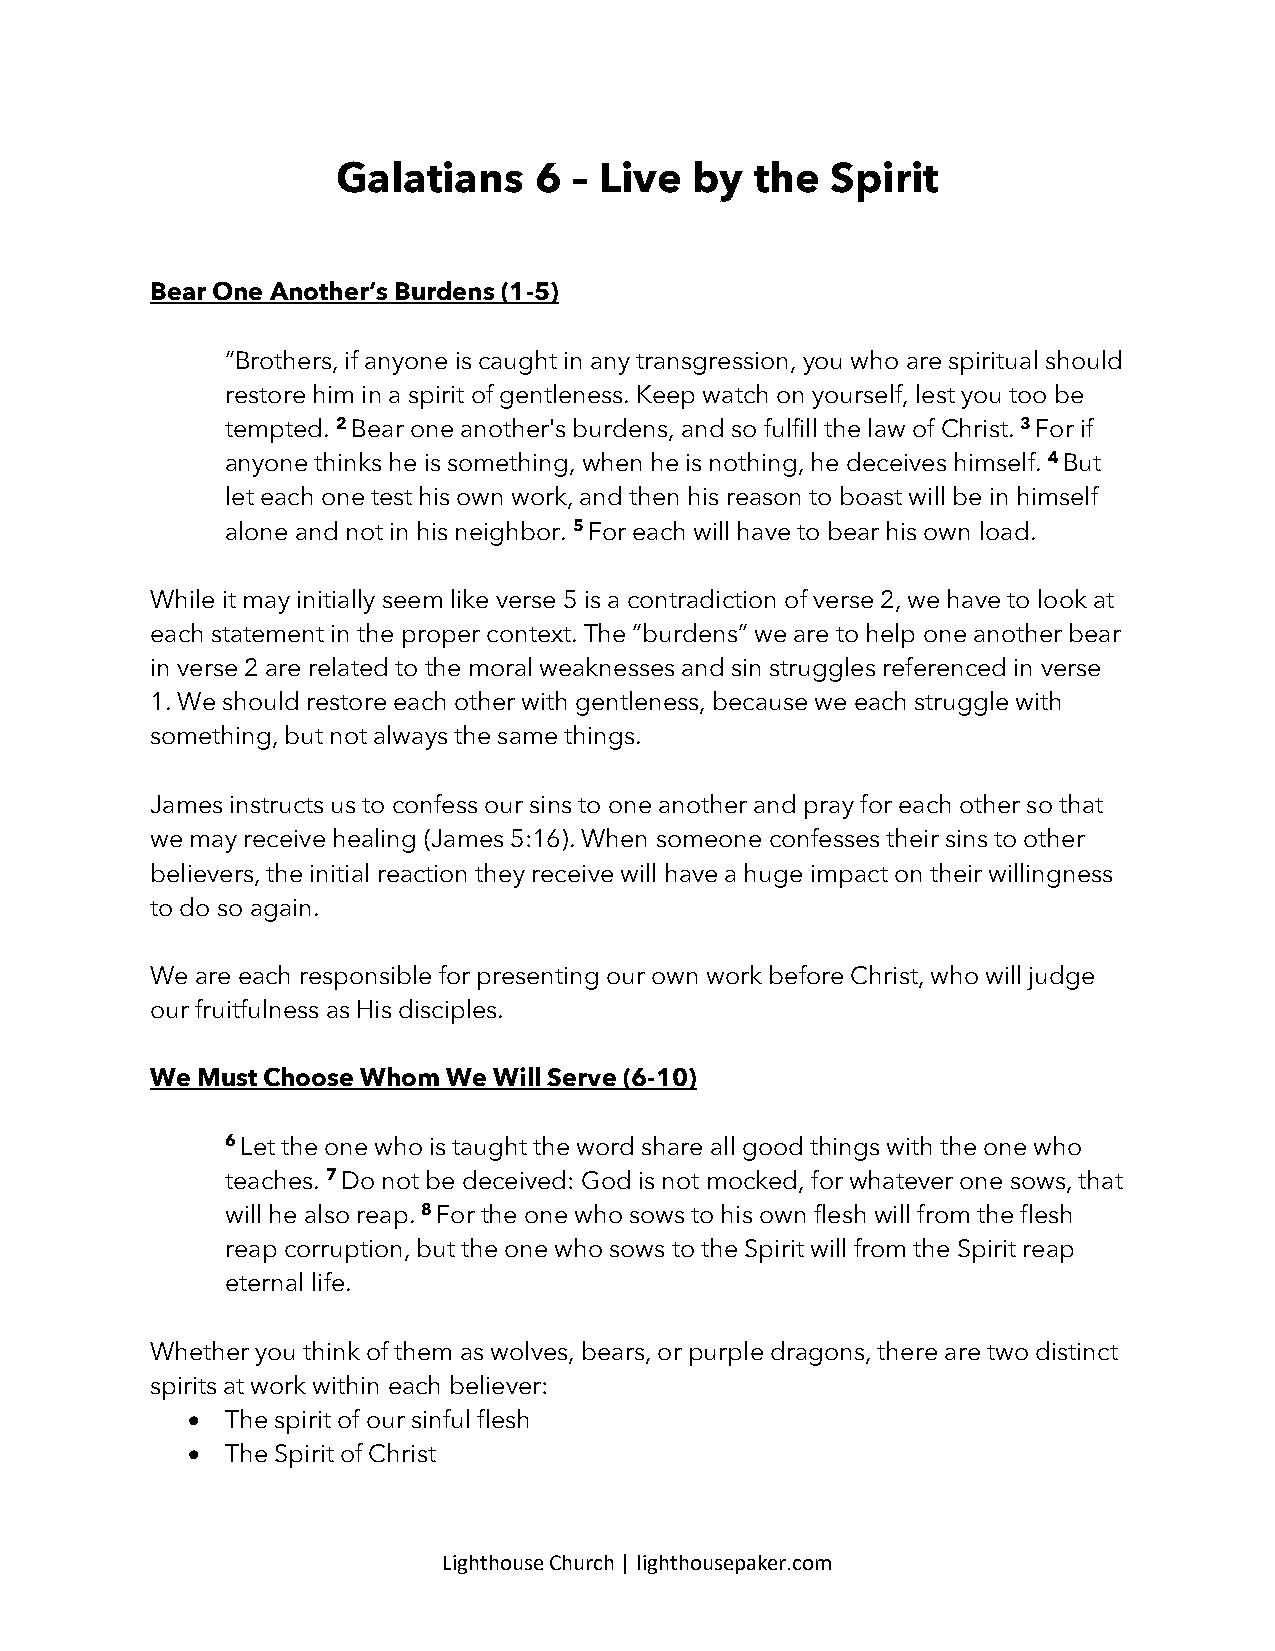
Galatians    6  – Live  by  the  Spirit
 Bear One Another’s Burdens (1-5)
 “Brothers, if anyone is caught in any transgression, you who are spiritual should
 restore him in a spirit of gentleness. Keep watch on yourself, lest you too be
 tempted. 2 Bear one another's burdens, and so fulfill the law of Christ. 3 For if
 anyone thinks he is something, when he is nothing, he deceives himself. 4 But
 let each one test his own work, and then his reason to boast will be in himself
 alone and not in his neighbor. 5 For each will have to bear his own load.
 While it may initially seem like verse 5 is a contradiction of verse 2, we have to look at
 each statement in the proper context. The “burdens” we are to help one another bear
 in verse 2 are related to the moral weaknesses and sin struggles referenced in verse
 1. We should restore each other with gentleness, because we each struggle with
 something, but not always the same things.
 James instructs us to confess our sins to one another and pray for each other so that
 we may receive healing (James 5:16). When someone confesses their sins to other
 believers, the initial reaction they receive will have a huge impact on their willingness
 to do so again.
 We are each responsible for presenting our own work before Christ, who will judge
 our fruitfulness as His disciples.
 We Must Choose Whom We Will Serve (6-10)
 6 Let the one who is taught the word share all good things with the one who
 teaches. 7 Do not be deceived: God is not mocked, for whatever one sows, that
 will he also reap. 8 For the one who sows to his own flesh will from the flesh
 reap corruption, but the one who sows to the Spirit will from the Spirit reap
 eternal life.
 Whether you think of them as wolves, bears, or purple dragons, there are two distinct
 spirits at work within each believer:
 •  The spirit of our sinful flesh
 •  The Spirit of Christ
 Lighthouse Church | lighthousepaker.com